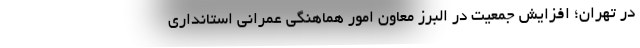
در تهران؛ افزایش جمعیت در البرز معاون امور هماهنگی عمرانی استانداری